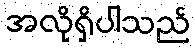
အလိုရှိပါသည်